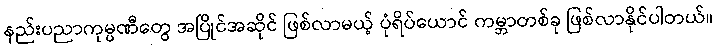
နည်းပညာကုမ္ပဏီတွေ အပြိုင်အဆိုင် ဖြစ်လာမယ့် ပုံရိပ်ယောင် ကမ္ဘာတစ်ခု ဖြစ်လာနိုင်ပါတယ်။